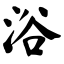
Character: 浴